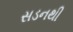
સડનથી